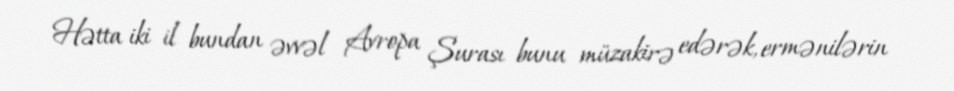
Hətta iki il bundan əvvəl Avropa Şurası bunu müzakirə edərək, ermənilərin